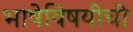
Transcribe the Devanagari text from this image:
भाषेविषयीची